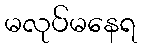
မလုပ်မနေရ